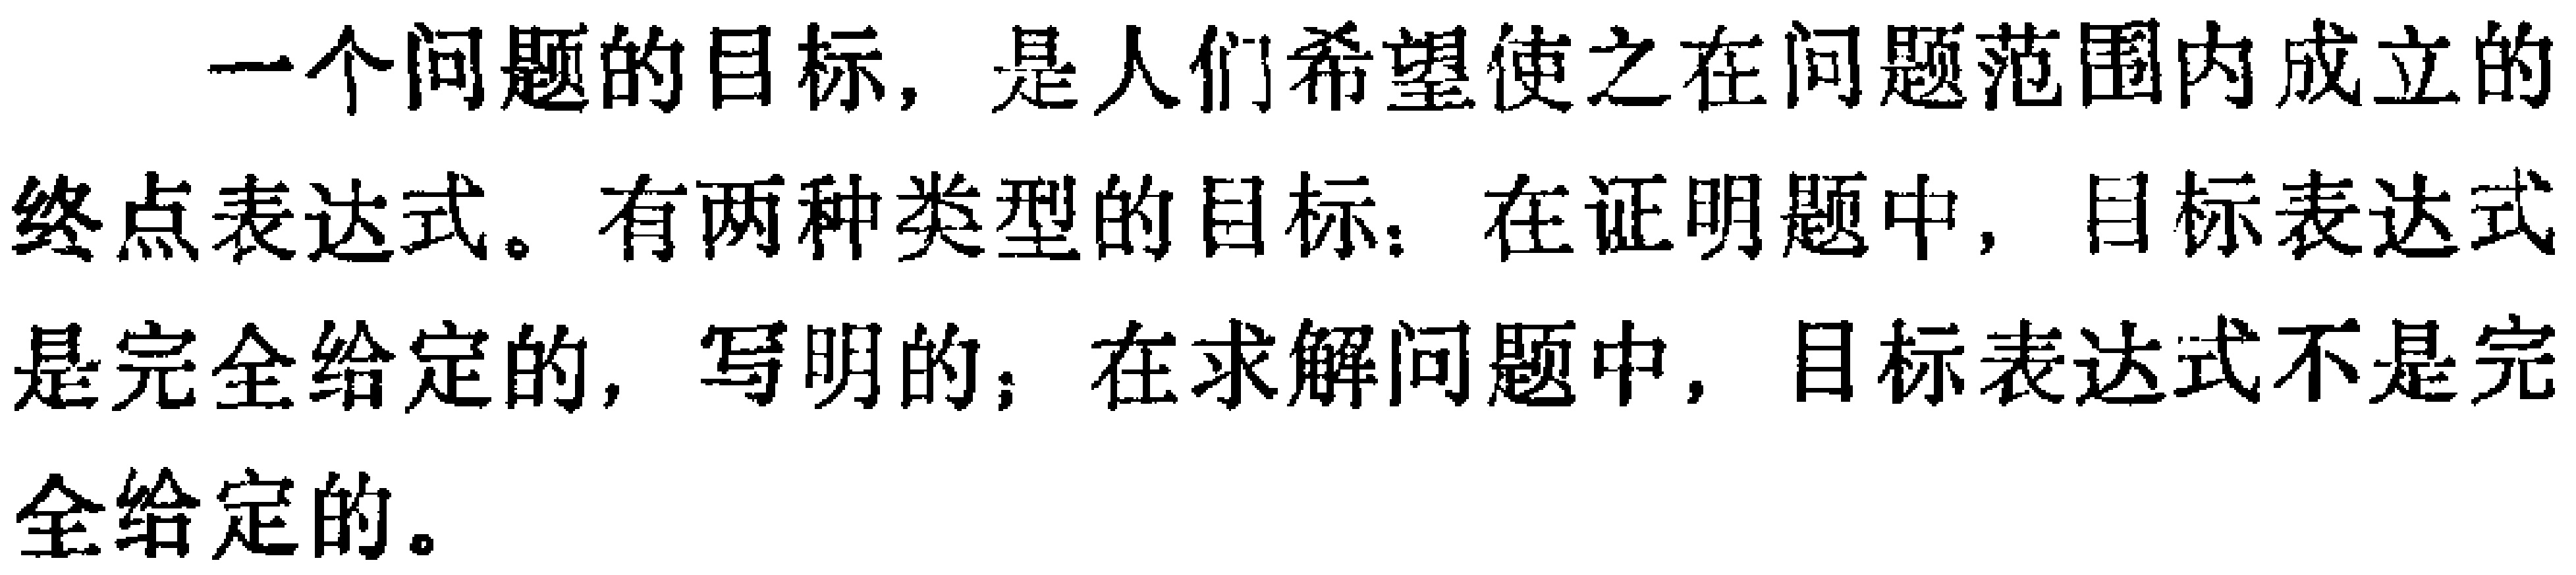
一个问题的目标，是人们希望使之在问题范围内成立的终点表达式。有两种类型的目标：在证明题中，目标表达式是完全给定的，写明的；在求解问题中，目标表达式不是完全给定的。